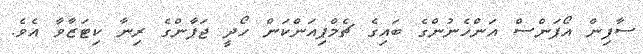
ސާފިން އޯޕަންސް އަންހެނުންގެ ބައިގެ ޗެމްޕިއަންކަން ހޯދީ ޖަޕާންގެ ރިނާ ކިޓަޒާވާ އެވެ.